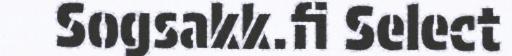
Sogsakk.fi Select